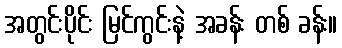
အတွင်းပိုင်း မြင်ကွင်းနဲ့ အခန်း တစ် ခန်း။